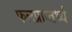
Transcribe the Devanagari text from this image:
फलप्राप्तर्थ्य